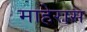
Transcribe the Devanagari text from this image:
माहेरास